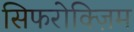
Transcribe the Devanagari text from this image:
सिफरोक्ज़िम